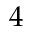
4